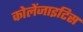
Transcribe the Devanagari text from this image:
कोलेंजाइटिस